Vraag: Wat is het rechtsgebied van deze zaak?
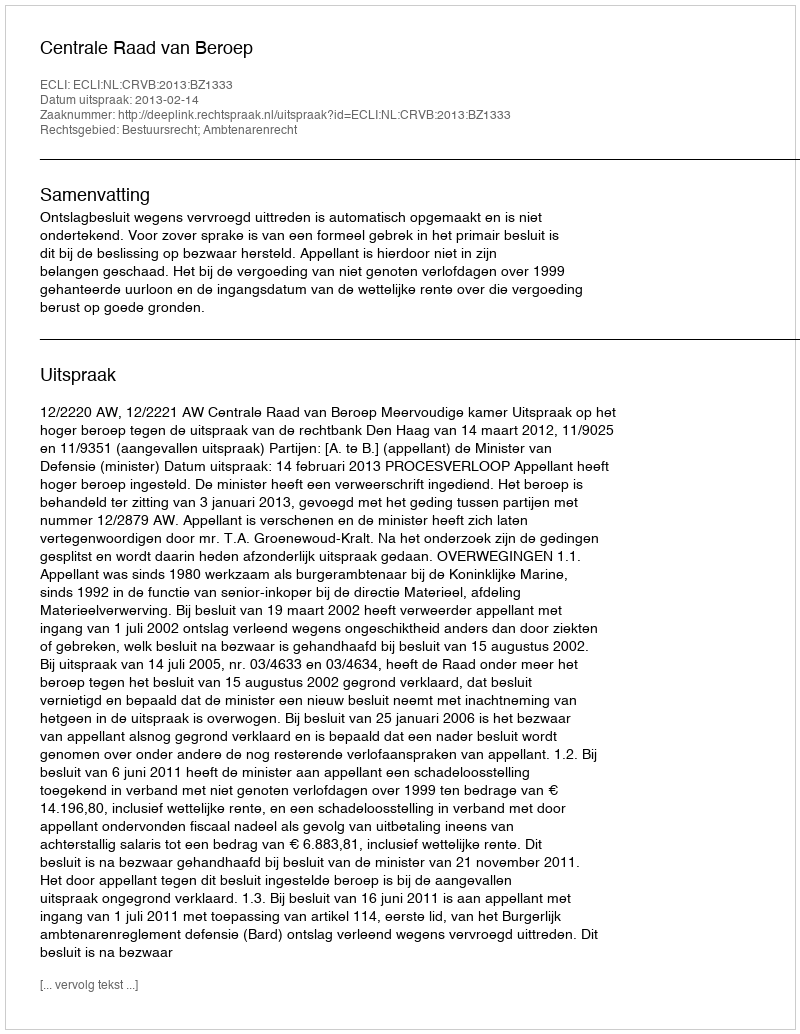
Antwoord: Bestuursrecht; Ambtenarenrecht